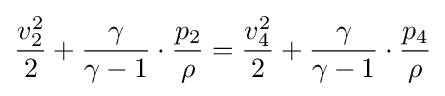
{\frac {v_{2}^{2}}{2}}+{\frac {\gamma }{\gamma -1}}\cdot {\frac {p_{2}}{\rho }}={\frac {v_{4}^{2}}{2}}+{\frac {\gamma }{\gamma -1}}\cdot {\frac {p_{4}}{\rho }}